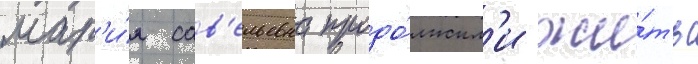
мар'и́я сав'ельевна продо́лжил'и жи́ть